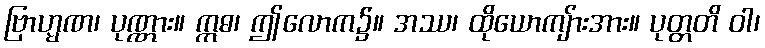
ဗြာဟ္မဏ၊ ပုဏ္ဏား။ ဣဓ၊ ဤလောက၌။ အဿ၊ ထိုယောကျ်ားအား။ ပုတ္တတိ ဝါ၊